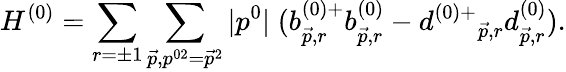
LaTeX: H^{(0)}=\sum_{r=\pm 1}\sum_{\vec{p},p^{02}=\vec{p}^{2}}|p^{0}|\; (b_{\vec{p},r}^{(0)+}b_{\vec{p},r}^{(0)}-d^{(0)+}{}_{\vec{p},r}d_{\vec{p},r}^{(0)}).